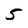
Character: 5